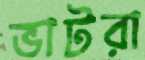
ভাটরা